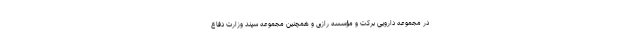
در مجموعه دارویی برکت و مؤسسه رازی و همچنین مجموعه سپند وزارت دفاع